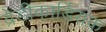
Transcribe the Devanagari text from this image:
ब्रेडीकार्डियक